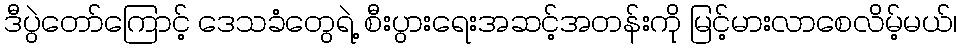
ဒီပွဲတော်ကြောင့် ဒေသခံတွေရဲ့ စီးပွားရေးအဆင့်အတန်းကို မြင့်မားလာစေလိမ့်မယ်၊